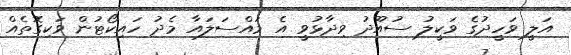
އަލީ ވަހީދުގެ ވަކީލު ސުއޫދު ވިދާޅުވީ އެ މައްސަލައާ މެދު ހައިކޯޓުން ވަކިގޮތެއް